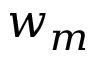
w _ { m }